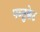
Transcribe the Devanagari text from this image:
पव्तुक्केट